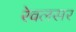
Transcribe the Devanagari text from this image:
रेवलसर